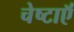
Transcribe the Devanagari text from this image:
चेष्टाऍं